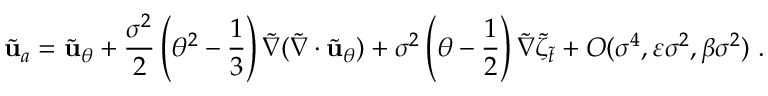
\tilde { \mathbf { u } } _ { a } = \tilde { \mathbf { u } } _ { \theta } + \frac { \sigma ^ { 2 } } { 2 } \left( \theta ^ { 2 } - \frac { 1 } { 3 } \right) \tilde { \nabla } ( \tilde { \nabla } \cdot \tilde { \mathbf { u } } _ { \theta } ) + \sigma ^ { 2 } \left( \theta - \frac { 1 } { 2 } \right) \tilde { \nabla } \tilde { \zeta } _ { \tilde { t } } + O ( \sigma ^ { 4 } , \varepsilon \sigma ^ { 2 } , \beta \sigma ^ { 2 } ) \ .